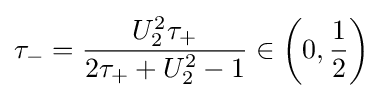
\tau _{-}={\frac {U_{2}^{2}\tau _{+}}{2\tau _{+}+U_{2}^{2}-1}}\in \left(0,{\frac {1}{2}}\right)